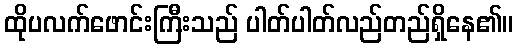
ထိုပလက်ဖောင်းကြီးသည် ပါတ်ပါတ်လည်တည်ရှိနေ၏။